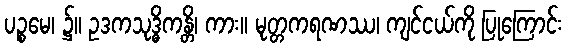
ပဉ္စမေ၊ ၌။ ဥဒကသုဒ္ဓိကန္တိ၊ ကား။ မုတ္တကရဏဿ၊ ကျင်ငယ်ကို ပြုကြောင်း